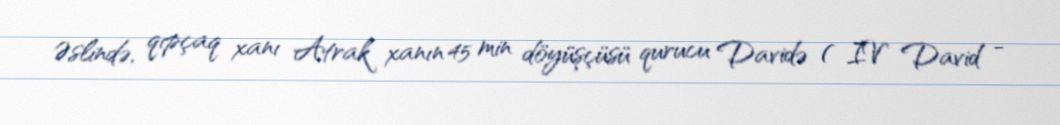
Əslində, qıpçaq xanı Atrak xanın 45 min döyüşçüsü qurucu Davidə ( IV David -